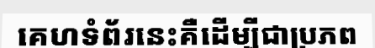
គេហទំព័រនេះគឺដើម្បីជាប្រភព